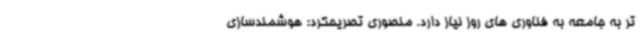
تر به جامعه به فناوری های روز نیاز دارد. منصوری تصریحکرد: هوشمندسازی